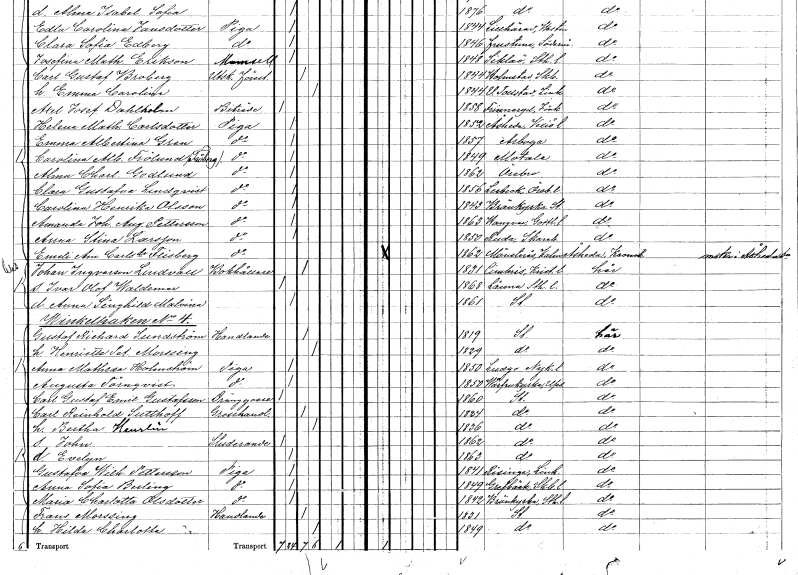
gt_parse: households: individuals: FN: Carolina Henrika
EN: Olsson
YRKE: Piga
KON: K
CIV: O
FODAR: 1843
FODFORS: Brännkyrka Stockholms län
FN: Amanda Johanna Augusta
EN: Pettersson
YRKE: Piga
KON: K
CIV: O
FODAR: 1863
FODFORS: Hangvar Gotlands län
FN: Anna Stina
EN: Larsson
YRKE: Piga
KON: K
CIV: O
FODAR: 1850
FODFORS: Ruda Skaraborgs län
FN: Emeli Amalia
EN: Carlsdotter Flisberg
YRKE: Piga
KON: K
CIV: O
FODAR: 1862
FODFORS: Mönsterås Kalmar län
FN: Johan
EN: Ingvarson Lindvall
YRKE: Bokhållare
KON: M
CIV: G
FODAR: 1831
FODFORS: Simris Kristianstads län
FN: Ivar Olof Waldemar
KON: M
CIV: O
FODAR: 1868
FODFORS: Länna Stockholms län
FN: Anna Signhild Malvina
KON: K
CIV: O
FODAR: 1861
FODFORS: Stockholm
FN: Gustaf Richard
EN: Sundström
YRKE: Handlande
KON: M
CIV: G
FODAR: 1819
FODFORS: Stockholm
FN: Henriette Pet.
EN: Morssing
KON: K
CIV: G
FODAR: 1829
FODFORS: Stockholm
FN: Anna Mathilda
EN: Holmström
YRKE: Piga
KON: K
CIV: O
FODAR: 1850
FODFORS: Ludgo Södermanlands län
FN: Augusta
EN: Törnqvist
YRKE: Piga
KON: K
CIV: O
FODAR: 1850
FODFORS: Vårfrukyrka Uppsala län
FN: Carl Gustaf Emil
EN: Gustafsson
YRKE: Dränggosse
KON: M
CIV: O
FODAR: 1860
FODFORS: Stockholm
FN: Carl Reinhold
EN: Sutthoff
YRKE: Grosshandlare
KON: M
CIV: G
FODAR: 1824
FODFORS: Stockholm
FN: Bertha
EN: Heurlin
KON: K
CIV: G
FODAR: 1836
FODFORS: Stockholm
FN: John
YRKE: Studerande
KON: M
CIV: O
FODAR: 1862
FODFORS: Stockholm
FN: Evelyn
KON: K
CIV: O
FODAR: 1863
FODFORS: Stockholm
FN: Gustafva Wilhelmina
EN: Pettersson
YRKE: Piga
KON: K
CIV: O
FODAR: 1841
FODFORS: Risinge Östergötlands län
FN: Anna Sofia
EN: Berling
YRKE: Piga
KON: K
CIV: O
FODAR: 1849
FODFORS: Grevbäck Skaraborgs län
FN: Maria Charlotta
EN: Olsdotter
YRKE: Piga
KON: K
CIV: O
FODAR: 1842
FODFORS: Brännkyrka Stockholms län
FN: Frans
EN: Morssing
YRKE: Handlande
KON: M
CIV: G
FODAR: 1831
FODFORS: Stockholm
FN: Hilda Charlotta
KON: K
CIV: G
FODAR: 1849
FODFORS: Stockholm